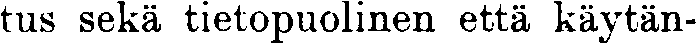
tus sekä tietopuolinen että käytän-